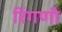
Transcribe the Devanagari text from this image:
रिंगणी